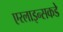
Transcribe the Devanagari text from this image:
एरलाइन्सकडे